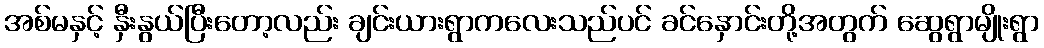
အစ်မနှင့် နှီးနွယ်ပြီးတော့လည်း ချင်းယားရွာကလေးသည်ပင် ခင်နှောင်းတို့အတွက် ဆွေရွာမျိုးရွာ